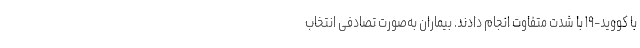
با کووید-۱۹ با شدت متفاوت انجام دادند. بیماران به‌صورت تصادفی انتخاب